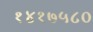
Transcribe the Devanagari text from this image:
१४१७५८०